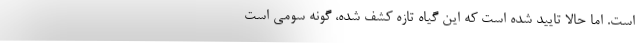
است. اما حالا تایید شده است که این گیاه تازه کشف شده، گونه سومی است